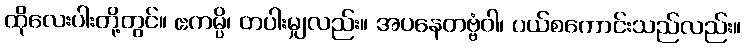
ထိုလေးပါးတို့တွင်။ ဧကမ္ပိ၊ တပါးမျှလည်း။ အပနေတဗ္ဗံဝါ၊ ပယ်စကောင်းသည်လည်း။